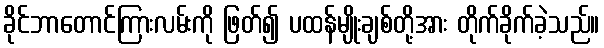
ခိုင်ဘာတောင်ကြားလမ်းကို ဖြတ်၍ ပထန်မျိုးချစ်တို့အား တိုက်ခိုက်ခဲ့သည်။